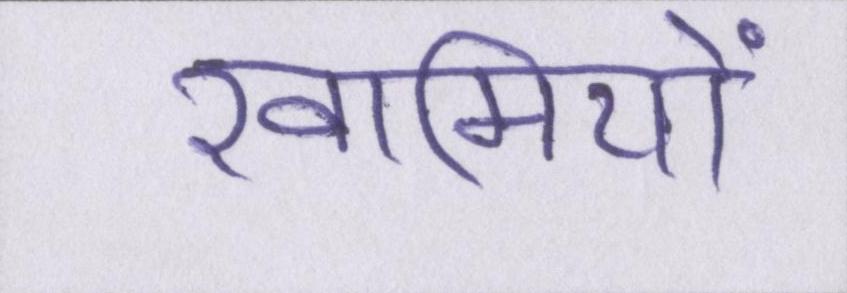
खामियों